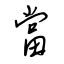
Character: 當